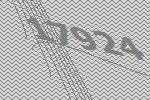
17924